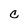
Character: C